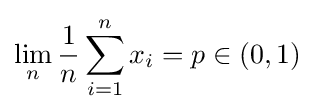
\lim _{n}{\frac {1}{n}}\sum _{i=1}^{n}x_{i}=p\in (0,1)